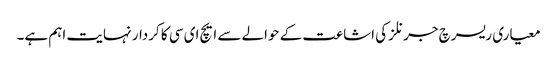
معیاری ریسرچ جرنلز کی اشاعت کے حوالے سے ایچ ای سی کا کردار نہایت اہم ہے۔